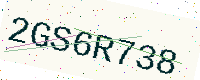
Text: 2GS6R738